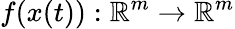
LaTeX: f(x(t)):\mathbb{R}^{m}\rightarrow\mathbb{R}^{m}